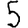
Digit: 5